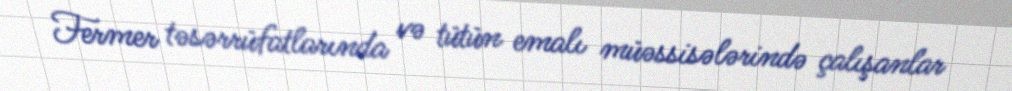
Fermer təsərrüfatlarında və tütün emalı müəssisələrində çalışanlar